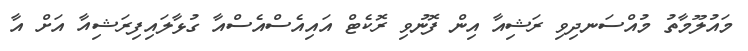
މައުލޫމާތު މުއްސަނދިވި ރަޝިއާ އިން ފޮނުވި ރޮކެޓް އައިއެސްއެސްއާ ގުޅާލައިފިރަޝިއާ އަށް އާ